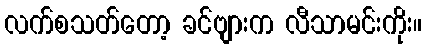
လက်စသတ်တော့ ခင်ဗျားက လီသာမင်းကိုး။